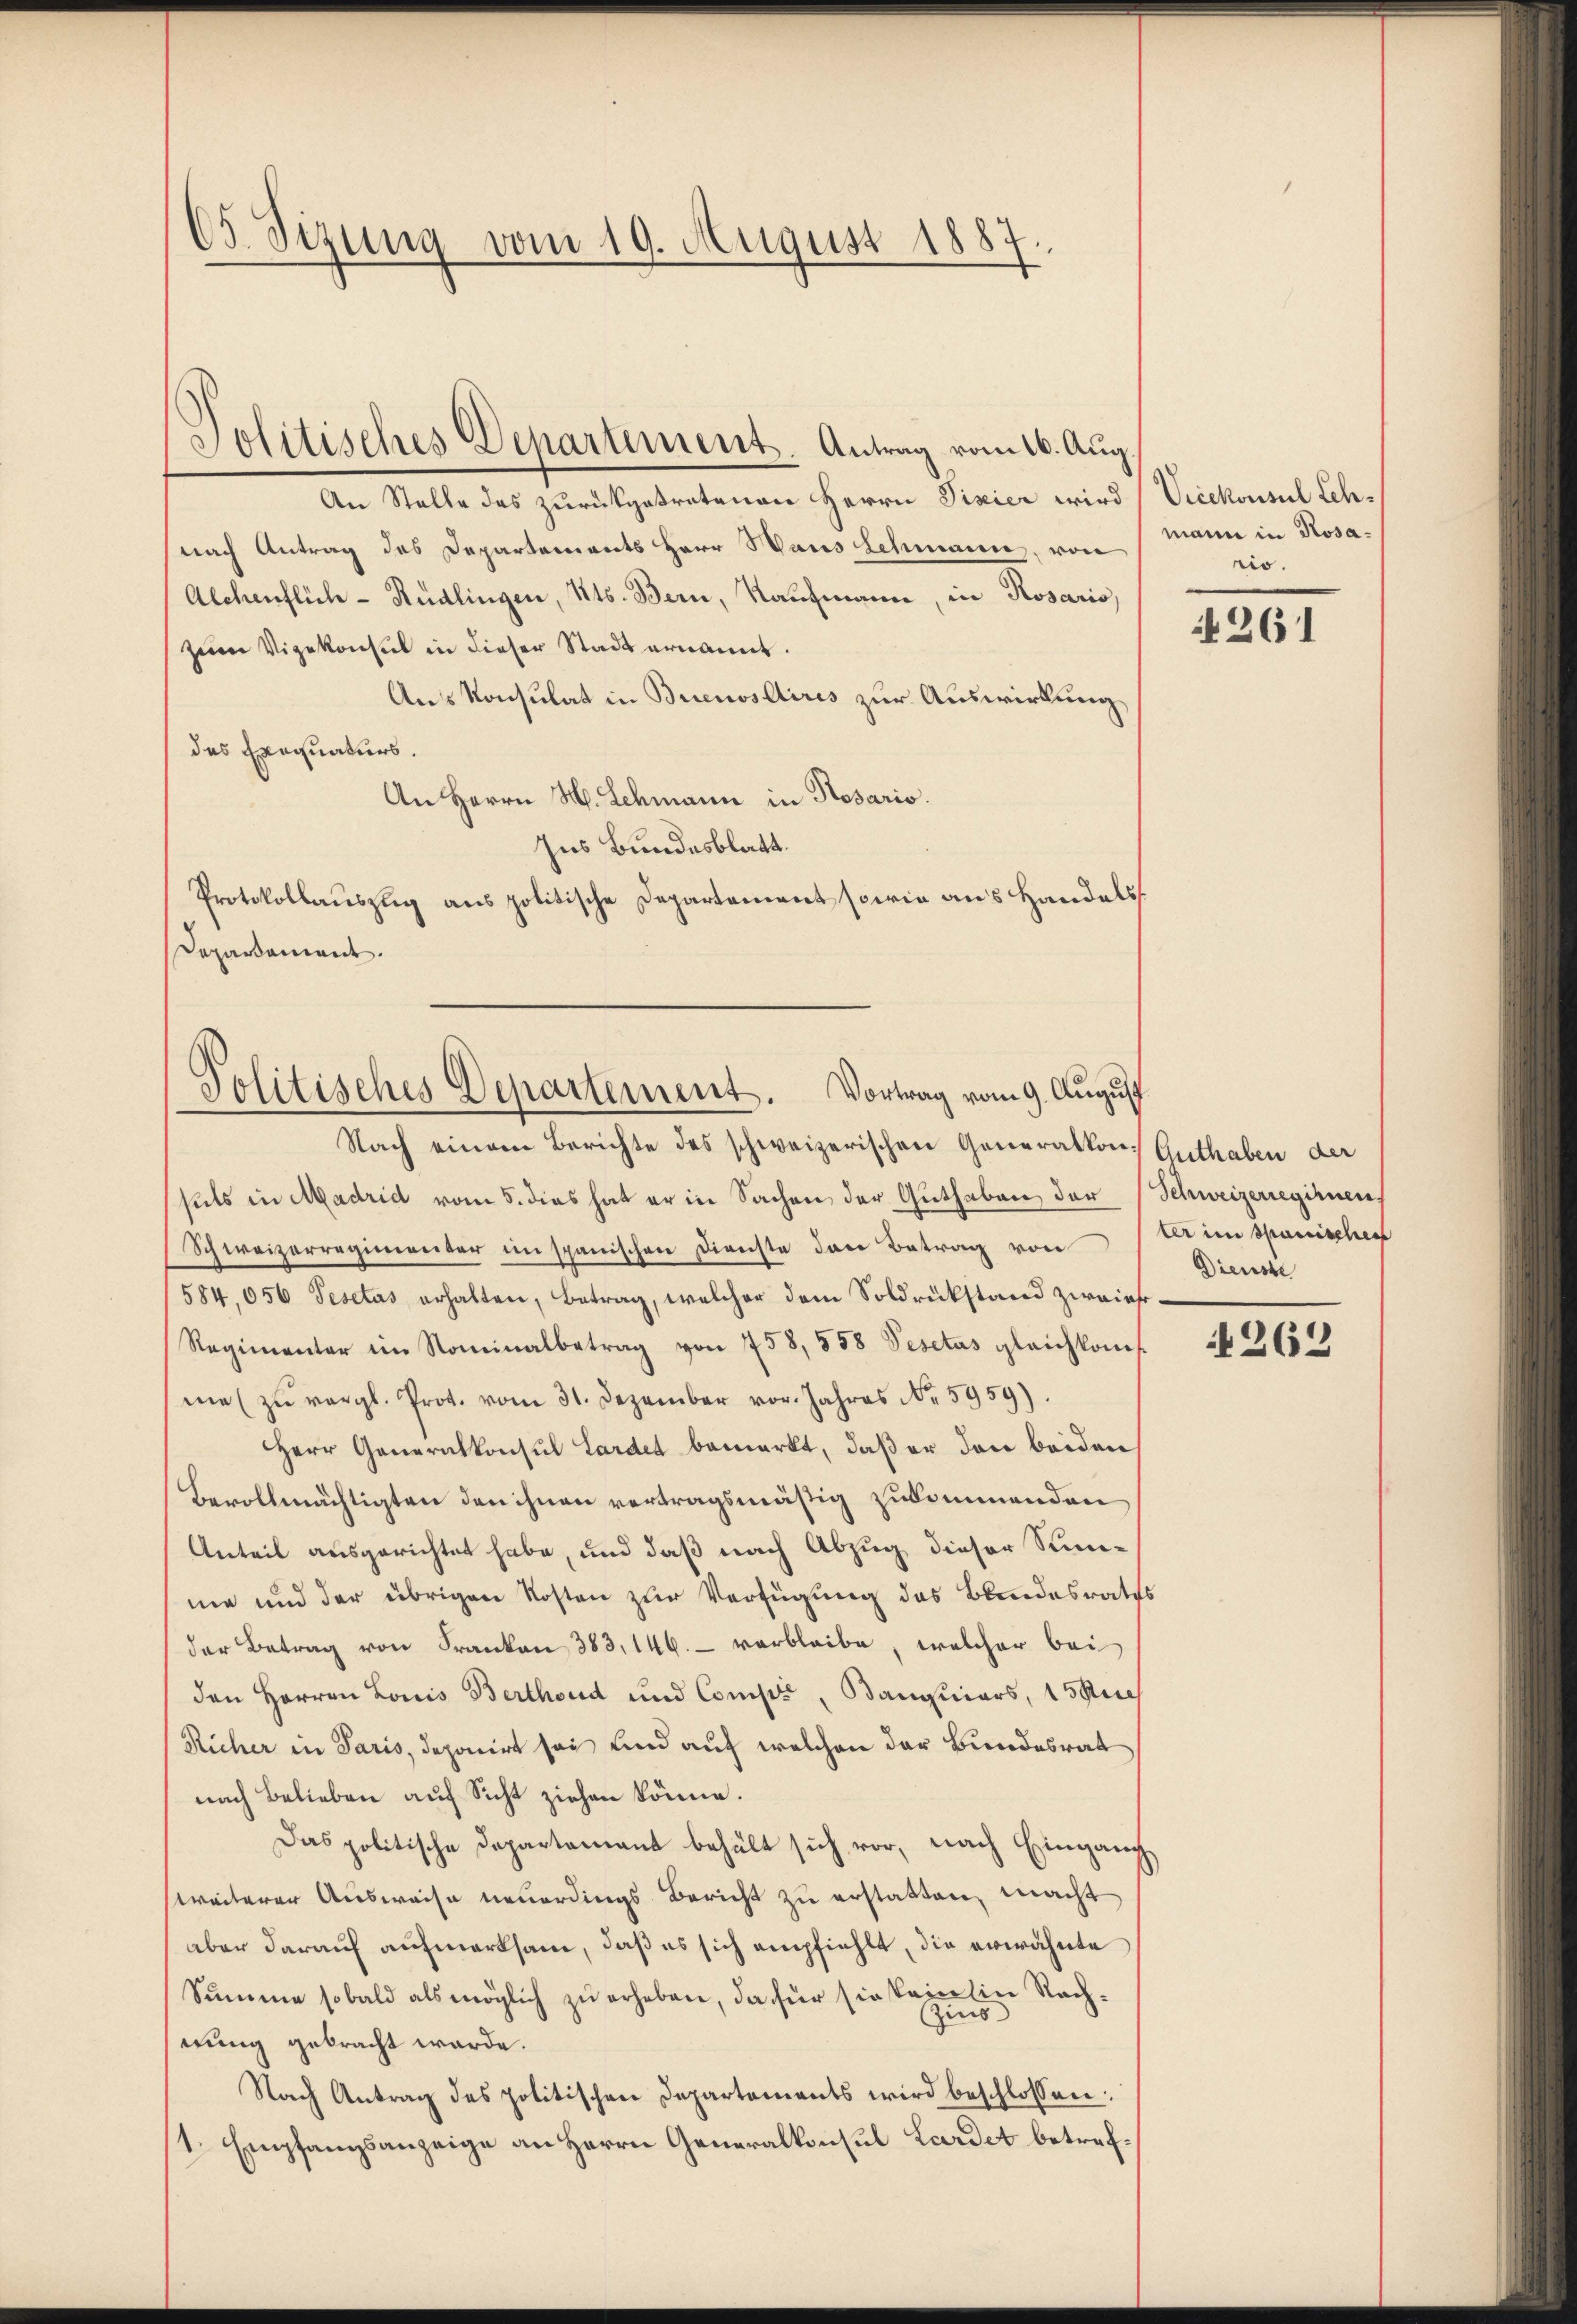
65 Sizung vom 19. August 1887

An Stelle des zurückgetretenen Herrn Fixier wird Vicekonsul Leh¬
(nach Antrag des Departements Herr Haus Schmann, von
Alchenflich - Rüdlingen, Kts. Bern, Kaufmann, in Rosario
zeim Vigekonsul in dieser Stadt ernannt.
Aus Konsulat in Buenoslires zur Auswirkung
des Exequaturs.
An Herrn H. Lehmann in Rosario.
Ins Bundesblatt.
Protokollauszug aus politische Departement sowie aus Handels
Deparament.

Politisches Departement. Antrag vom 16. Aug.

Politisches Departement. Vortrag vom 9. August

Nach einem Berichte des schweizerischen Generalkon Guthaben der
suls in Madrid vom 5. dies hat er in Sachen der Guthaben, der (Schweizerregienens
Schweizerregimenter im spanischen Dienste den Betrag von der in spanischen
584,056 Pesctas erhalten, Betrag, welcher dem Soldrükstand zweier¬
Regimenter im Nominalbetrag von 758, 558 Pesctas gleichkom
me zŭ vergl. Prot. vom 31. Dezember vor. Jahres No. 5959).
Herr Generalkonsul Lardet bemerkt, daß er den beiden
Bevollmächtigten den ihnen vertragsmäßig zukommenden
Anteil ausgerichtet habe, und daß nach Abzug dieser Stunme und der übrigen Kosten zur Verfügung des Blindesraths
der Betrag von Franken 383. 146. - verbleibe, welcher bei
den Herren Louis Berthoud und Comps, Banquiers, 15 u
Richer in Paris, deponirt sei und auf welchen der Bundesrat
nach Belieben auf Sicht ziehen könne.
Das politische Departamant behält sich vor, nach Eingang
weiterer Ausweise neuerdings Bericht zu erstatten, macht
aber darauf aufmerksam, daß es sich empfiehlt, die erwähnte
Summe sobald als möglich zu erheben, da für sie kein in Rech¬
Zins
nung gebracht werde.
Nach Antrag des politischen Departements wird beschlossen:
1. Empfangsanzeige an Herrn Generalkonsul Lardet betref¬

mann in Rosario.

261

Dienste

263